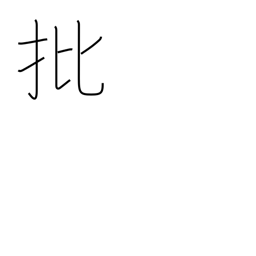
Meaning: criticism